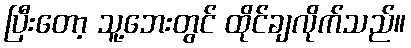
ပြီးတော့ သူ့ဘေးတွင် ထိုင်ချလိုက်သည်။